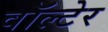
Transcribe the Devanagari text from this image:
वॉल्टेर